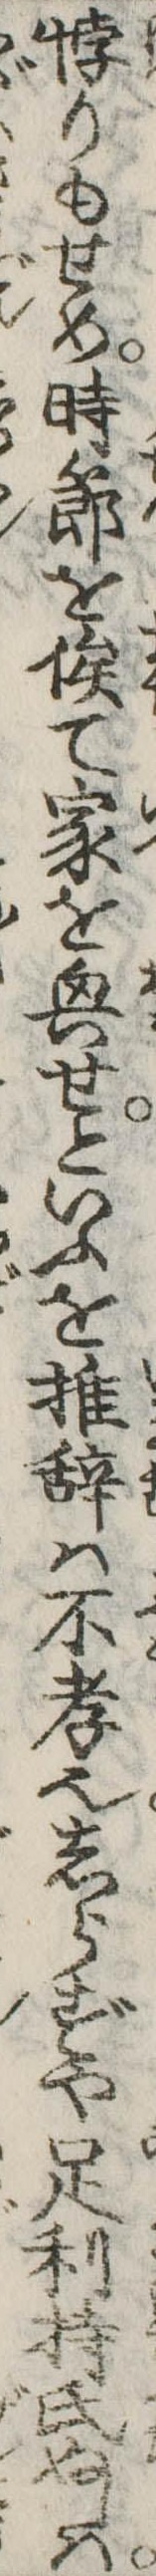
惇りもせめ時節を俟て家を興せといふを推辞は不孝也しらずや足利持氏ぬしは